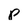
Character: p